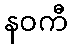
နဝကီ